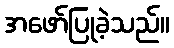
အဖော်ပြုခဲ့သည်။